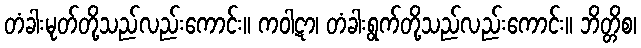
တံခါးမုတ်တို့သည်လည်းကောင်း။ ကဝါဋာ၊ တံခါးရွက်တို့သည်လည်းကောင်း။ ဘိတ္တိစ၊